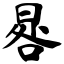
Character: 晷